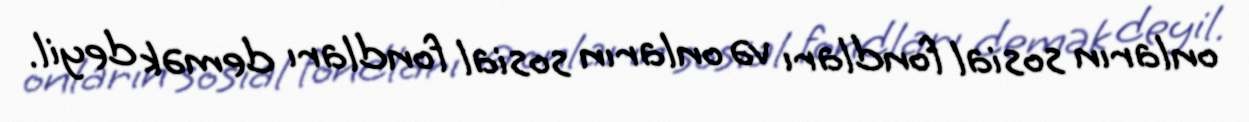
onların sosial fondları və onların sosial fondları demək deyil.